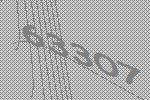
63307